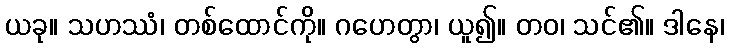
ယခု။ သဟဿံ၊ တစ်ထောင်ကို။ ဂဟေတွာ၊ ယူ၍။ တဝ၊ သင်၏။ ဒါနေ၊